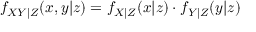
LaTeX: f _ { X Y | Z } ( x , y | z ) = f _ { X | Z } ( x | z ) \cdot f _ { Y | Z } ( y | z )